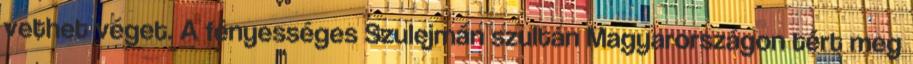
vethet véget. A fényességes Szulejmán szultán Magyarországon tért meg